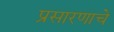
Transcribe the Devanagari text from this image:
प्रसारणाचे